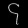
Digit: ၄